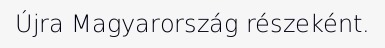
Újra Magyarország részeként.